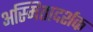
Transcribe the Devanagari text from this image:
अस्मितादर्शक